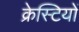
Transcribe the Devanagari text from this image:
क्रेस्टियों